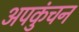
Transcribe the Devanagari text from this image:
अपकुंचन